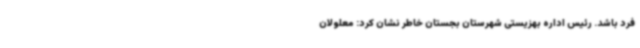
فرد باشد. رئیس اداره بهزیستی شهرستان بجستان خاطر نشان کرد: معلولان